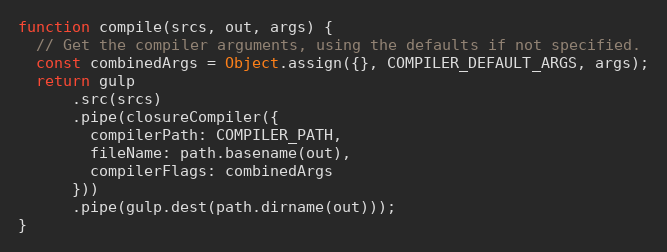
Language: JavaScript
function compile(srcs, out, args) {
  // Get the compiler arguments, using the defaults if not specified.
  const combinedArgs = Object.assign({}, COMPILER_DEFAULT_ARGS, args);
  return gulp
      .src(srcs)
      .pipe(closureCompiler({
        compilerPath: COMPILER_PATH,
        fileName: path.basename(out),
        compilerFlags: combinedArgs
      }))
      .pipe(gulp.dest(path.dirname(out)));
}